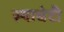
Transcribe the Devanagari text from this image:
स्पाघेटी